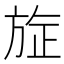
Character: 㫌